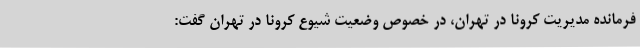
فرمانده مدیریت کرونا در تهران، در خصوص وضعیت شیوع کرونا در تهران گفت: